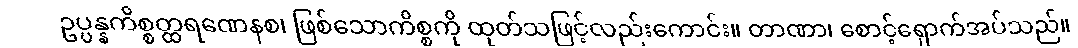
ဥပ္ပန္နကိစ္စတ္ထရဏေနစ၊ ဖြစ်သောကိစ္စကို ထုတ်သဖြင့်လည်းကောင်း။ တာဏာ၊ စောင့်ရှောက်အပ်သည်။